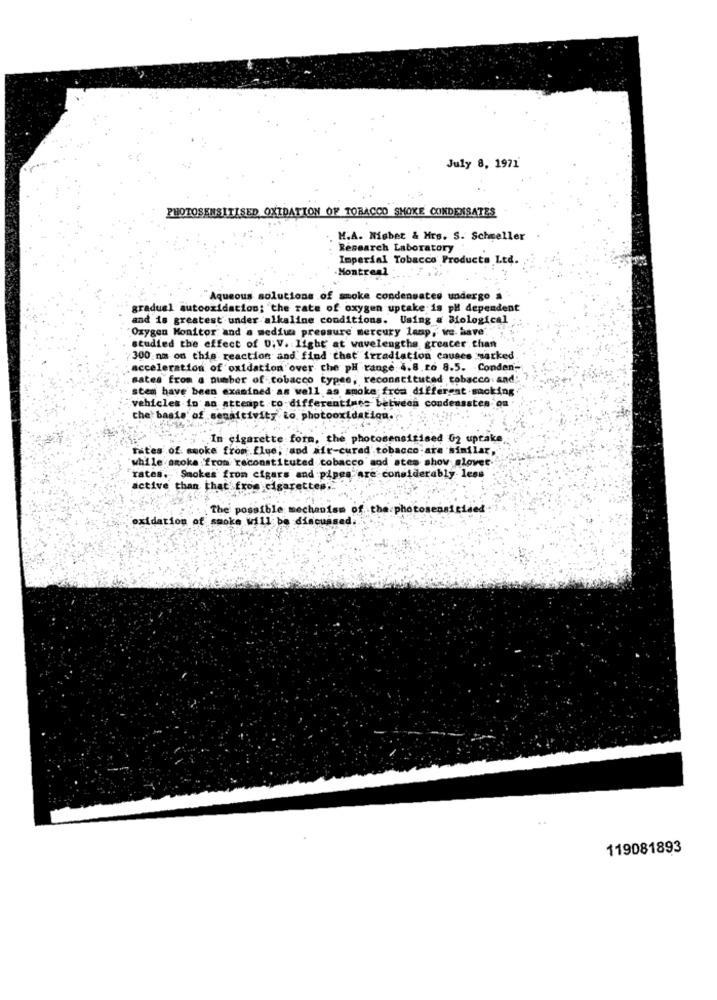
July 8, 1971'
PHOTOSENSITISED OXIDATION OF TOBACCO SMOKE CONDENSATES
. M.A. Nisbet & Mrs. S. Schneller
Research Laboratory
Imperial Tobacco Products Ltd.
-Montreal
Aqueous solutions of smoke condensates undergo a
gradual autooxidation; the rate of oxygen uptake is pH dependent
and is greatest under alkaline conditions. Using & Biological
"Oxygen Monitor and a medius pressure mercury lanp,' we have'
studied the effect of 0;V. light at wavelengths greater than
300 nm on this reaction and find that irradiation causes marked
: acceleration of oxidation over che pH range 4.8.26 8.5. Conden-
sates from a number of tobacco typee, reconstituted tobacco and;
stem have been examined as well as smoke froa different sacking
vehicles in an attempt to differentines between condensstes on
the basis of sensitivity to photooxidation.
.In cigarette form, the photosensisised 02 uptake
rates of smoke from flue; and air-cured tobacco are similar,
while smoke from reconstituted cobacco' and stem show slovet.
rates. Smokes from cigars and pipes are considerably less
active than that' from cigarettes ..
The possible mechanism of the photos
oxidation of smoke will be discussed
119081893